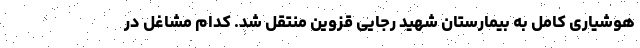
هوشیاری کامل به بیمارستان شهید رجایی قزوین منتقل شد. کدام مشاغل در